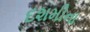
દશમીના